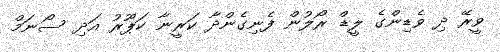
ވީރޭ ދި ވެޑިންގެ ލީޑް ރޯލުން ފެނިގެންދާ ކަރީނާ ކަޕޫރު އަދި ސޯނަމް